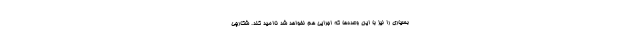
بسیاری را نیز با این وعده‌ها که اجرایی هم نخواهد شد ناامید کند. شکارچی